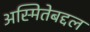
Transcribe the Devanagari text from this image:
अस्मितेबद्दल